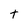
Character: t